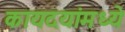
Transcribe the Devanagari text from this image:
कायदयांमध्ये